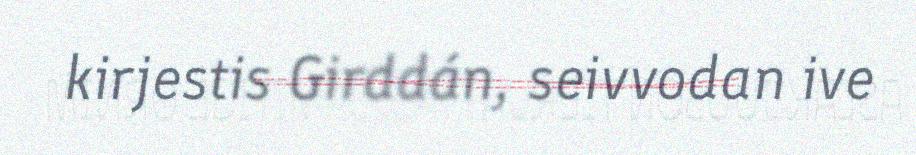
kirjestis Girddán, seivvodan ive